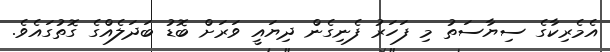
އެމެރިކާގެ ސިޔާސަތު މި ފަހަރު ފެނިގެން ދިޔައީ ވަރަށް ބޮޑު ބަދަލެއްގެ ގޮތުގައެވެ.